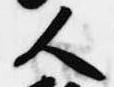
人